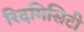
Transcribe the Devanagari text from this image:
रिदमिसिटी